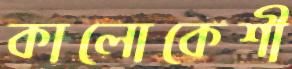
কালোকেশী